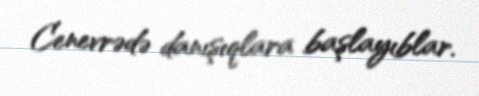
Cenevrədə danışıqlara başlayıblar.